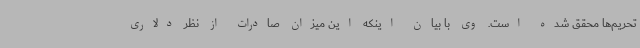
تحریم‌ها محقق شده است. وی با بیان اینکه این میزان صادرات از نظر دلاری